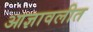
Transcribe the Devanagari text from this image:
आज्ञावलीत